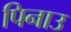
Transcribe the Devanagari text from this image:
पिनाउ